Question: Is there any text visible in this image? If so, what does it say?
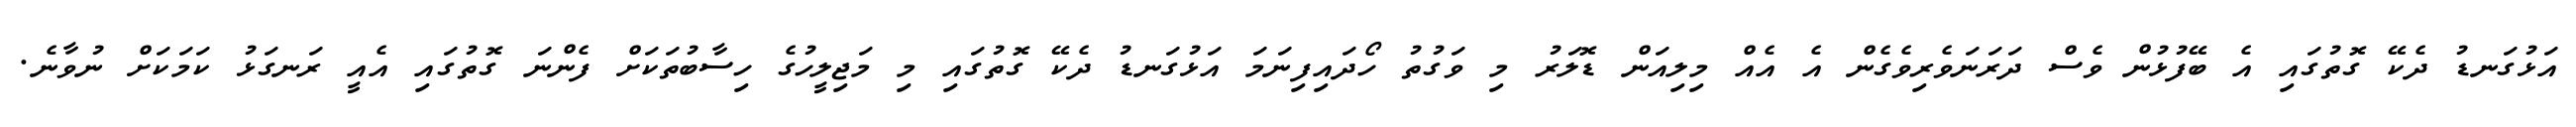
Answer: އަޅުގަނޑު ދެކޭ ގޮތުގައި އެ ބޭފުޅުން ވެސް ދަރަނަވެރިވެގެން އެ އެއް މިލިއަން ޑޮލަރު މި ވަގުތު ހޯދައިފިނަމަ އަޅުގަނޑު ދެކޭ ގޮތުގައި މި މަޖިލީހުގެ ހިސާބުތަކަށް ފެންނަ ގޮތުގައި އެއީ ރަނގަޅު ކަމަކަށް ނުވާނެ.